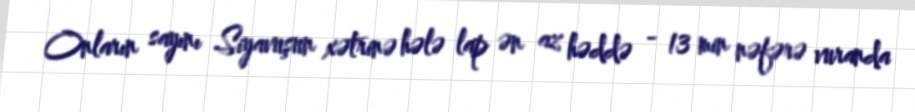
Onların sayını Siyavuşun xətrinə hələ lap ən az həddə - 13 min nəfərə vuranda